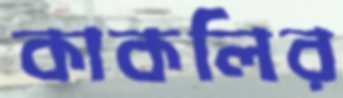
কাকলির